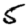
Digit: 5